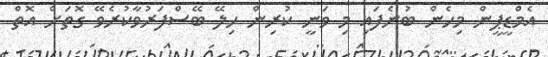
އެމްޑީޕީން މިހެން ބުނެފައި މި ވަނީ ކުރިން ހިލޭ ބޭސްފަރުވާކުރެވޭ ގޮތަށް އޮތް